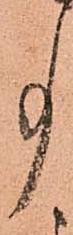
事